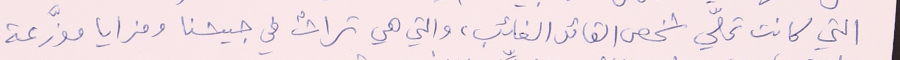
التي كانت تحلّي شخص القائد الغائب، والتي هي تراثٌ في جيشنا ومزايا موزَّعة